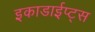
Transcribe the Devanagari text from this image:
इकाडाईप्ट्स